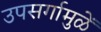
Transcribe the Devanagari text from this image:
उपसर्गामुळें